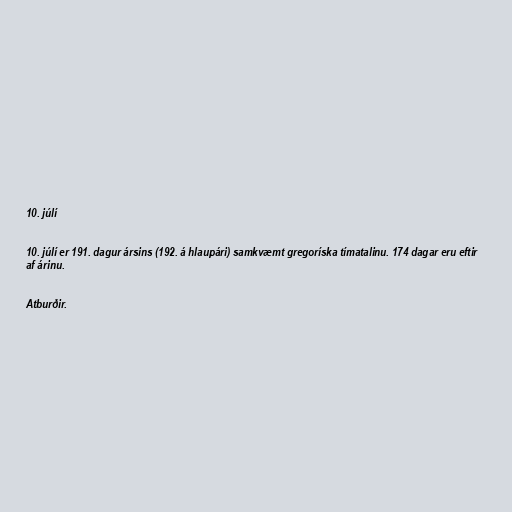
10. júlí

10. júlí er 191. dagur ársins (192. á hlaupári) samkvæmt gregoríska tímatalinu. 174 dagar eru eftir
af árinu.

Atburðir.